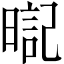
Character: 𣉸